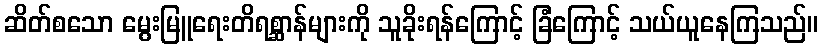
ဆိတ်စသော မွေးမြူရေးတိရစ္ဆာန်များကို သူခိုးရန်ကြောင့် ခြံကြောင့် သယ်ယူနေကြသည်။